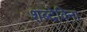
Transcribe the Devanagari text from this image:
शब्देविना